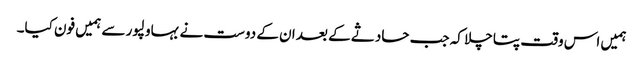
ہمیں اس وقت پتا چلا کہ جب حادثے کے بعد ان کے دوست نے بہاولپور سے ہمیں فون کیا۔